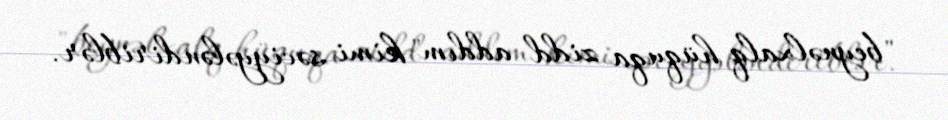
"beynəlxalq hüquqa zidd addım" kimi səciyyələndiriblər.